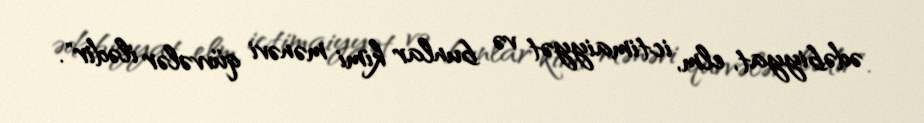
ədəbiyyat, elm, ictimaiyyət və bunlar kimi mənəvi qüvvələr ilədir".